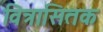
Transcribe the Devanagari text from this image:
वित्रासितक